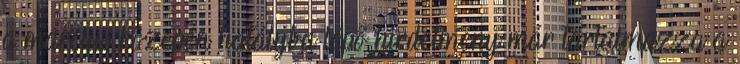
a március közepén hatályba lépő hirdetmény már tartalmazza a